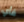
فأي